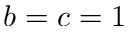
b = c = 1